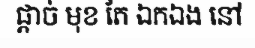
ផ្តាច់ មុខ តែ ឯកឯង នៅ